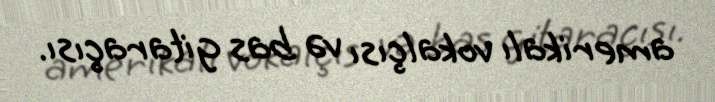
amerikalı vokalçısı və bas gitaraçısı.